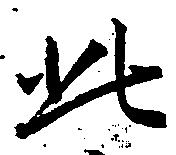
此